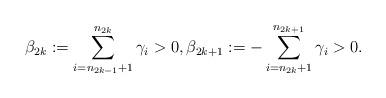
LaTeX: \begin{align*}\beta_{2k}:=\sum_{i=n_{2k-1}+1}^{n_{2k}}\gamma_i>0, \beta_{2k+1}:=-\sum_{i=n_{2k}+1}^{n_{2k+1}}\gamma_i>0.\end{align*}